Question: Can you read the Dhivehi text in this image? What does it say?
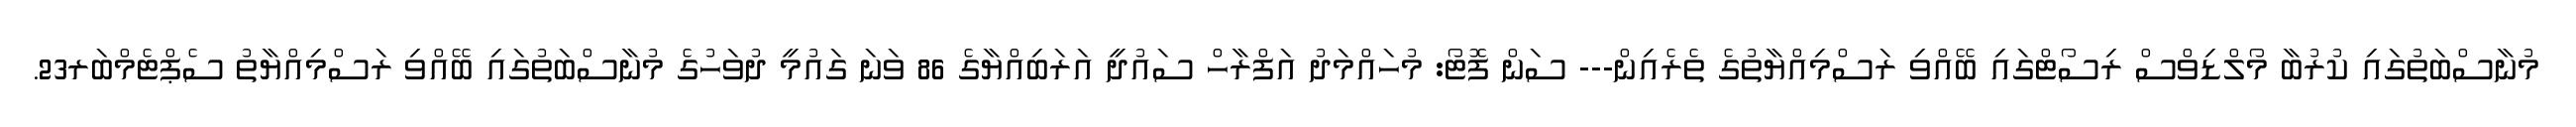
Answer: މުނާސްބަތުގައި ކުރުބާ މޯލްޑިވްސް ރިސޯޓްގައި ބޭއްވި ރަސްމިއްޔާތުގެ ތެރެއިން--- ސަން ފޮޓޯ: މުހައްމަދު އަފްރާހް ސައުދީ އަރަބިއްޔާގެ 86 ވަނަ ގައުމީ ދުވަހުގެ މުނާސްބަތުގައި ބޭއްވި ރަސްމިއްޔާތު ސެޕްޓެމްބަރ23.